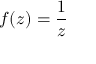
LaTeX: f ( z ) = { \frac { 1 } { z } }